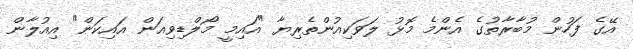
އޭގެ ފަހުން މުބާރާތުގެ އެންމެ މޮޅު ލަވަކިއުންތެރިޔާ "އައިމީ މޯލްޑިވިއަން އައިކަން" އިއުލާން